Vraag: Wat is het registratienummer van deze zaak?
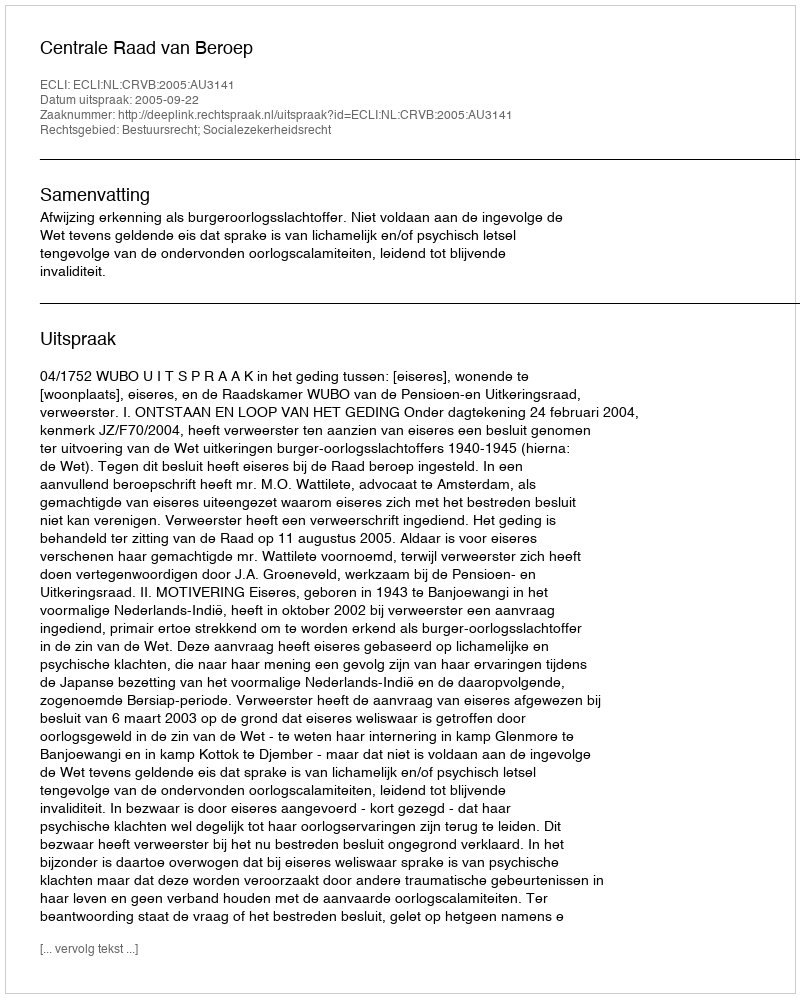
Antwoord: http://deeplink.rechtspraak.nl/uitspraak?id=ECLI:NL:CRVB:2005:AU3141